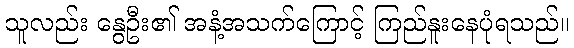
သူလည်း နွေဦး၏ အနံ့အသက်ကြောင့် ကြည်နူးနေပုံရသည်။